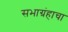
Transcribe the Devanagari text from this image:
सभाग्रंहाचा